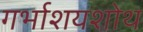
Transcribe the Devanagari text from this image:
गर्भाशयशोथ